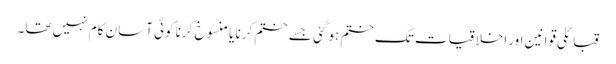
قبائلی قوانین اور اخلاقیات تک ختم ہو گئی جسے ختم کرنا یا منسوخ کرنا کوئی آسان کام نہیں تھا۔